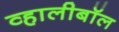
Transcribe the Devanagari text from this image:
व्हालीबॉल